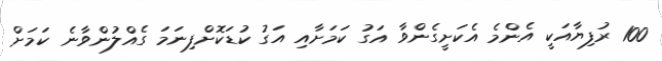
100 ރުފިޔާއަކީ އެންމެ އެކަށީގެންވާ އަގު ކަމަށާއި އަގު ކުޑަކޮށްފިނަމަ ގެއްލުންވާނެ ކަމަށް